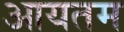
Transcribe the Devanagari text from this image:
आयतम